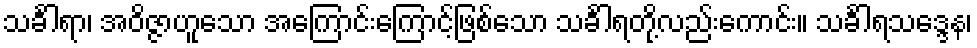
သင်္ခါရာ၊ အဝိဇ္ဇာဟူသော အကြောင်းကြောင့်ဖြစ်သော သင်္ခါရတို့လည်းကောင်း။ သင်္ခါရသဒ္ဒေန၊